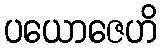
ပယောဇေဟိ